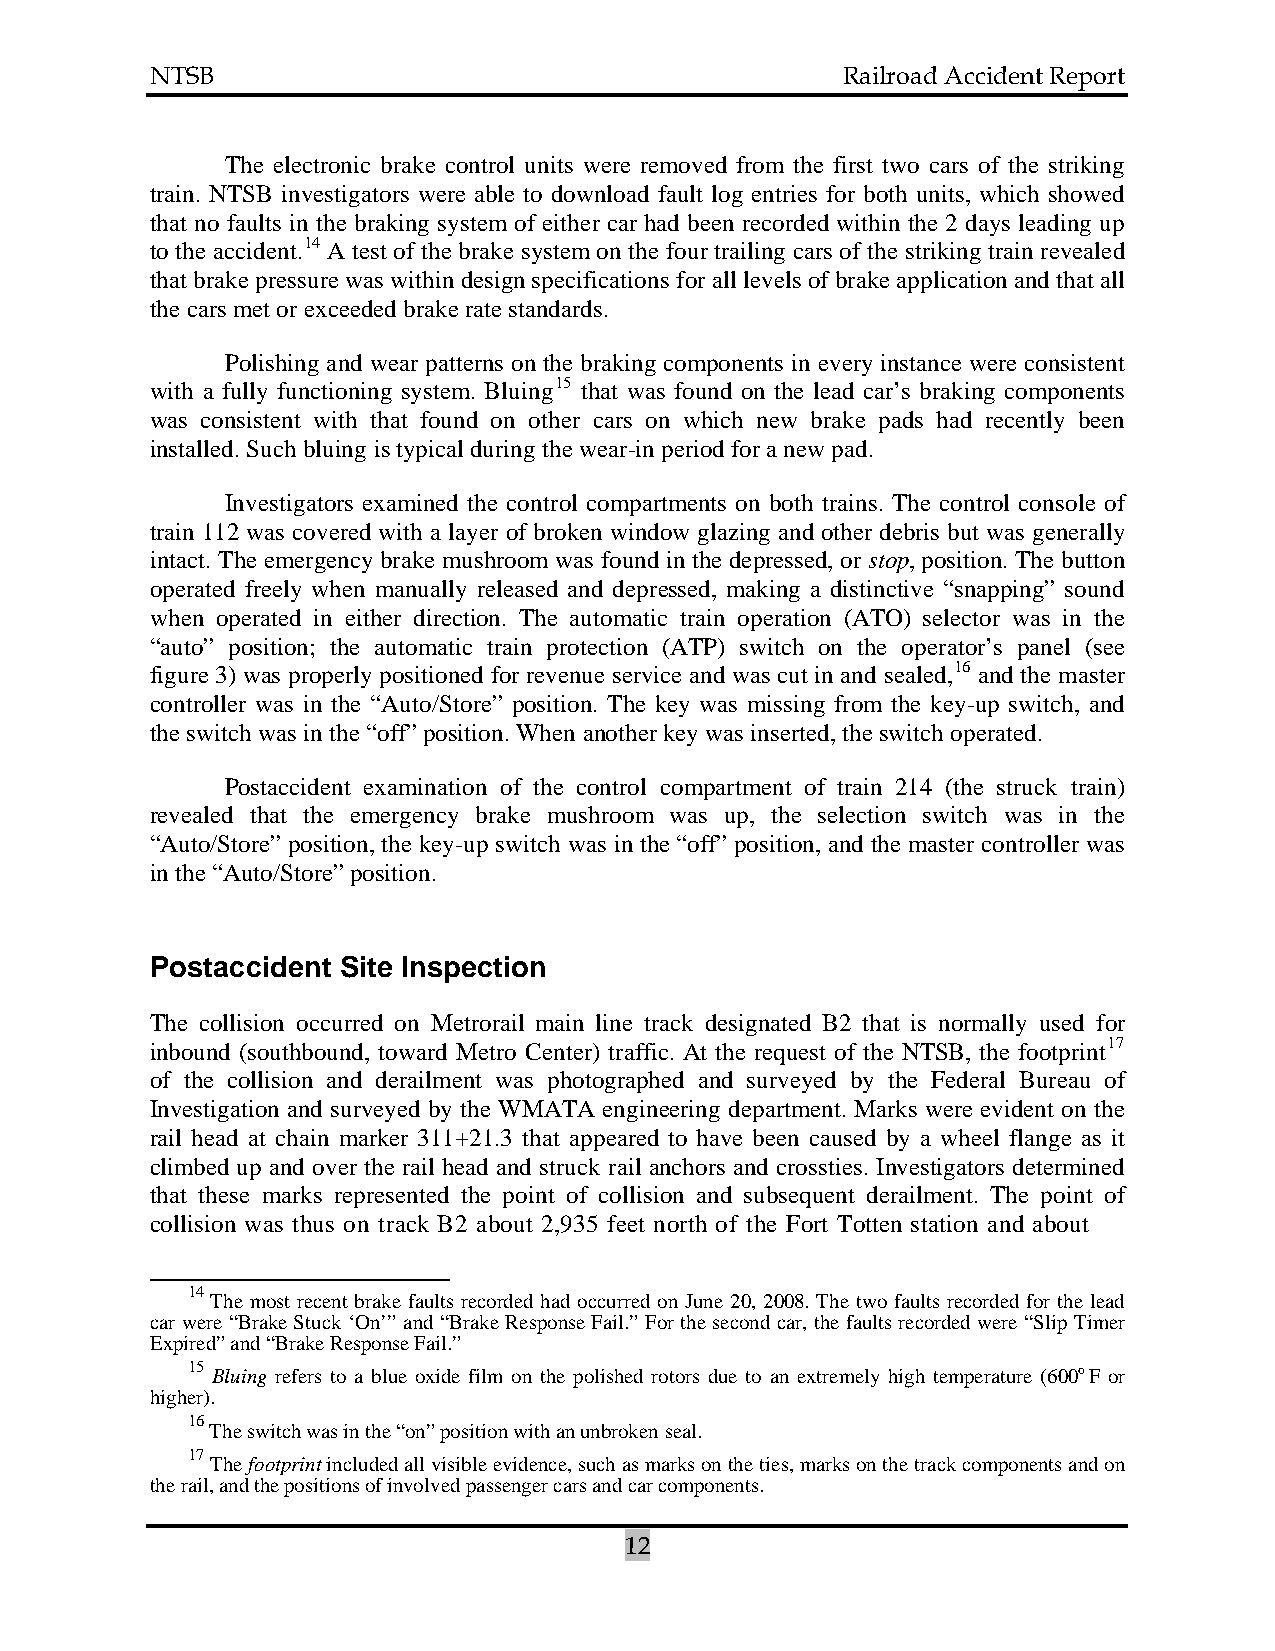
NTSB                                          Railroad Accident Report
 The electronic brake control units were removed from the first two cars of the striking
 train. NTSB investigators were able to download fault log entries for both units, which showed
 that no faults in the braking system of either car had been recorded within the 2 days leading up
 to the accident.14 A test of the brake system on the four trailing cars of the striking train revealed
 that brake pressure was within design specifications for all levels of brake application and that all
 the cars met or exceeded brake rate standards.
 Polishing and wear patterns on the braking components in every instance were consistent
 with a fully functioning system. Bluing15 that was found on the lead car’s braking components
 was consistent with that found on other cars on which new brake pads had recently been
 installed. Such bluing is typical during the wear-in period for a new pad.
 Investigators examined the control compartments on both trains. The control console of
 train 112 was covered with a layer of broken window glazing and other debris but was generally
 intact. The emergency brake mushroom was found in the depressed, or stop, position. The button
 operated freely when manually released and depressed, making a distinctive “snapping” sound
 when operated in either direction. The automatic train operation (ATO) selector was in the
 “auto” position; the automatic train protection (ATP) switch on the operator’s panel (see
 figure 3) was properly positioned for revenue service and was cut in and sealed,16 and the master
 controller was in the “Auto/Store” position. The key was missing from the key-up switch, and
 the switch was in the “off” position. When another key was inserted, the switch operated.
 Postaccident examination of the control compartment of train 214 (the struck train)
 revealed that the emergency brake mushroom was up, the selection switch was in the
 “Auto/Store” position, the key-up switch was in the “off” position, and the master controller was
 in the “Auto/Store” position.
 Postaccident Site Inspection
 The collision occurred on Metrorail main line track designated B2 that is normally used for
 inbound (southbound, toward Metro Center) traffic. At the request of the NTSB, the footprint17
 of the collision and derailment was photographed and surveyed by the Federal Bureau of
 Investigation and surveyed by the WMATA engineering department. Marks were evident on the
 rail head at chain marker 311+21.3 that appeared to have been caused by a wheel flange as it
 climbed up and over the rail head and struck rail anchors and crossties. Investigators determined
 that these marks represented the point of collision and subsequent derailment. The point of
 collision was thus on track B2 about 2,935 feet north of the Fort Totten station and about
 14
 The most recent brake faults recorded had occurred on June 20, 2008. The two faults recorded for the lead
 car were “Brake Stuck ‘On’” and “Brake Response Fail.” For the second car, the faults recorded were “Slip Timer
 Expired” and “Brake Response Fail.”
 15 Bluing refers to a blue oxide film on the polished rotors due to an extremely high temperature (600o F or
 higher).
 16
 The switch was in the “on” position with an unbroken seal.
 17
 The footprint included all visible evidence, such as marks on the ties, marks on the track components and on
 the rail, and the positions of involved passenger cars and car components.
 12